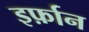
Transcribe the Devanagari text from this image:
इर्फ़ान